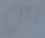
Text: 0V